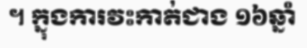
។ ក្នុងការវះកាត់ជាង ១៦ឆ្នាំ